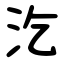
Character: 汔